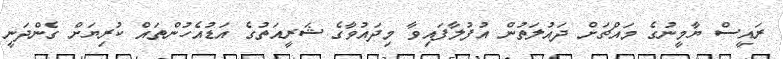
ރައީސް ޔާމީނުގެ މައްޗަށް ދައުލަތުން އުފުލާފައިވާ މިދައުވާގެ ޝަރީއަތުގެ އަޑުއެހުންތައް ކުރިޔަށް ގެންދަނީ